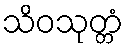
သိဝသုတ္တံ